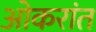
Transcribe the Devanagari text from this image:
ओकरांत